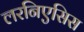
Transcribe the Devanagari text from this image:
लरनिएसिस